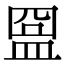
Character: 𥁰